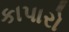
કાપારો